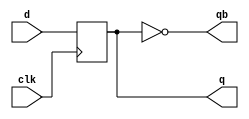
`timescale 1ns / 1ps
//////////////////////////////////////////////////////////////////////////////////
// Company: 
// Engineer: 
// 
// Design Name: 
// Module Name: d_ff
// Project Name: 
// Target Devices: 
// Tool Versions: 
// Description: 
// 
// Dependencies: 
// 
// Revision:
// Revision 0.01 - File Created
// Additional Comments:
// 
//////////////////////////////////////////////////////////////////////////////////


module d_ff(clk,d,q,qb);

        input clk,d;
        output reg q;
        output qb;
        
        always@(posedge clk)
        begin
            q <= d;
        end
        
        assign qb = ~q;
endmodule